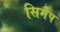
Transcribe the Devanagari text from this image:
सिमैप